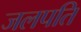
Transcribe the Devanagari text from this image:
जलपति